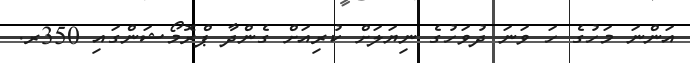
އަންނަ މަހުގެ ހަ ވަނަ ދުވަހުގެ ނިޔަލަށް ކުރިއަށް ގެންދާ ޕްރޮމޯޝަންގައި 350ރ.